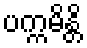
ပက္ကမိန္တိ